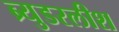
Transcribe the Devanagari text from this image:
ब्र्युडरलीश